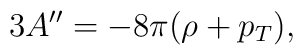
3A'' = -8\pi (\rho + p_T),